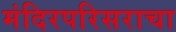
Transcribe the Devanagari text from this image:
मंदिरपरिसराचा